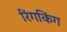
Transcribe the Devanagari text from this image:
रिंगकिंग